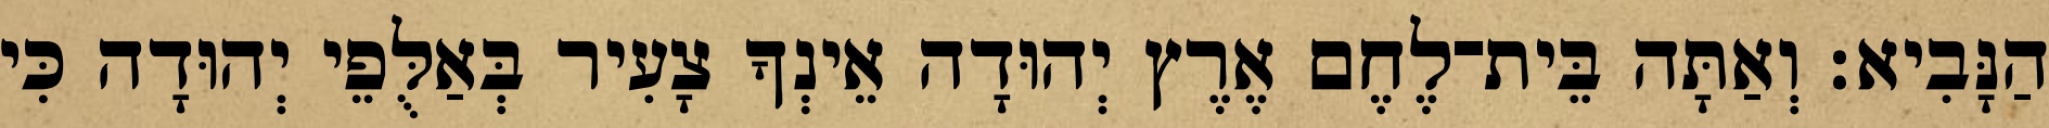
הַנָּבִיא׃ וְאַתָּה בֵּית־לֶחֶם אֶרֶץ יְהוּדָה אֵינְךָ צָעִיר בְּאַלֻּפֵי יְהוּדָה כִּי